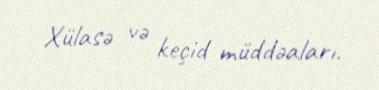
Xülasə və keçid müddəaları.